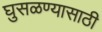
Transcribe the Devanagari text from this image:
घुसळण्यासाठी